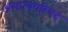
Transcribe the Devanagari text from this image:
अमात्यपरिषद्